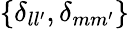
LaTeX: \{ \delta_{ll^{\prime}},\delta_{mm^{\prime}}\}